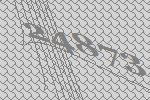
24873